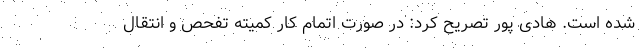
شده است. هادی پور تصریح کرد: در صورت اتمام کار کمیته تفحص و انتقال